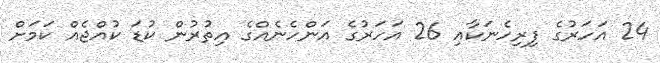
24 އަހަރުގެ ފިރިހެނަކާއި 26 އަހަރުގެ އަންހެނެއްގެ އިތުރުން ކުޑަ ކުއްޖެއް ކަމަށް